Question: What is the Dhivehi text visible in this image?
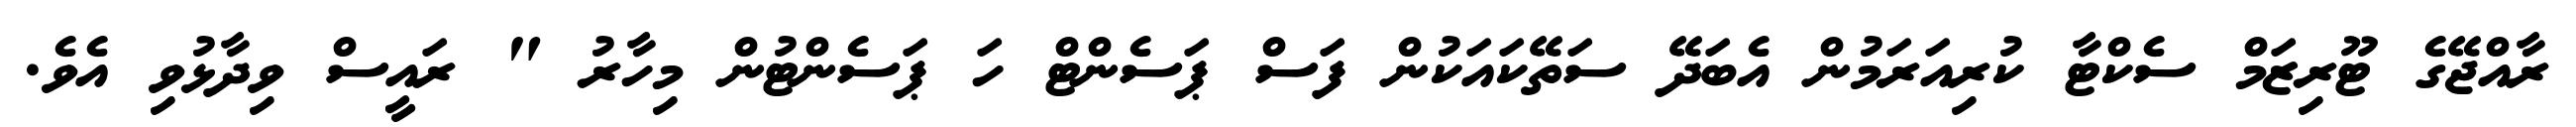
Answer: ރާއްޖޭގެ ޓޫރިޒަމް ސެކްޓާ ކުރިއަރަމުން އެބަދޭ ސަތޭކައަކުން ފަސް ޕަސެންޓް ހަ ޕަސެންޓުން މިހާރު " ރައީސް ވިދާޅުވި އެވެ.